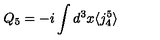
Q _ { 5 } = - i \int d ^ { 3 } x \langle j _ { 4 } ^ { 5 } \rangle